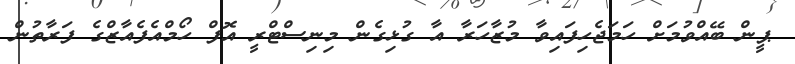
ޕީން ބޭއްވުމަށް ހަމަޖެހިފައިވާ މުޒާހަރާ އާ ގުޅިގެން މިނިސްޓްރީ އޮފް ހޯމްއެފެއާޒްގެ ފަރާތުން